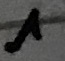
Text: 1